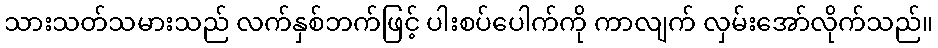
သားသတ်သမားသည် လက်နှစ်ဘက်ဖြင့် ပါးစပ်ပေါက်ကို ကာလျက် လှမ်းအော်လိုက်သည်။